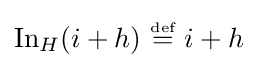
\operatorname {In} _{H}(i+h)~{\stackrel {\scriptscriptstyle {\text{def}}}{=}}~i+h